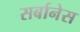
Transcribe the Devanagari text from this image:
सर्बानेस